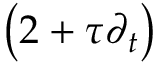
\left( 2 + \tau \partial _ { t } \right)